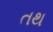
તથ